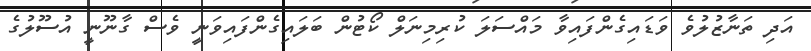
އަދި ތަނާޒުލުވެ ވަޑައިގެންފައިވާ މައްސަލަ ކުރިމިނަލް ކޯޓުން ބަލައިގެންފައިވަނީ ވެސް ގާނޫނީ އުސޫލުގެ